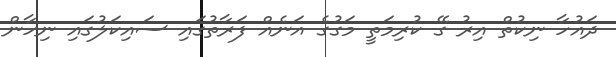
ދައުހާ ނިކުތް އިރު ގޭ ކުރިމަތީ މަގުގެ އަނެއް ފަރާތުގައި ސައިކަލުގައި ނިހާން